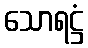
သောရဋ္ဌံ